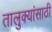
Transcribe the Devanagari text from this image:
तालुक्यांसाठी